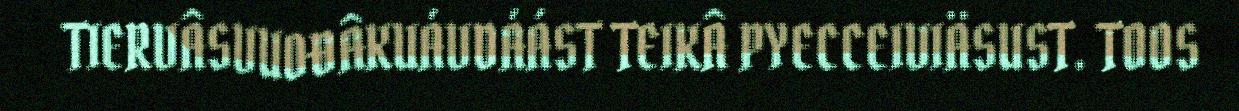
TIERVÂSVUOĐÂKUÁVDÁÁST TEIKÂ PYECCEIVIÄSUST. TOOS